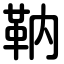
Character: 靹